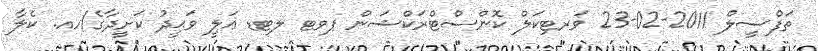
ތަފްސީލް 2011-02-23 ވަރޓިކަލް ކޮންސްޓްރަކްޝަން ޕވޓ ލޓޑ ޢަލީ ވަޙީދު ކަށީދާގެ/ހއ. ކެލާ